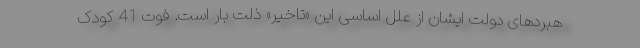
هبردهای دولت ایشان از علل اساسی این «تاخیر» ذلت بار است. فوت 41 کودک